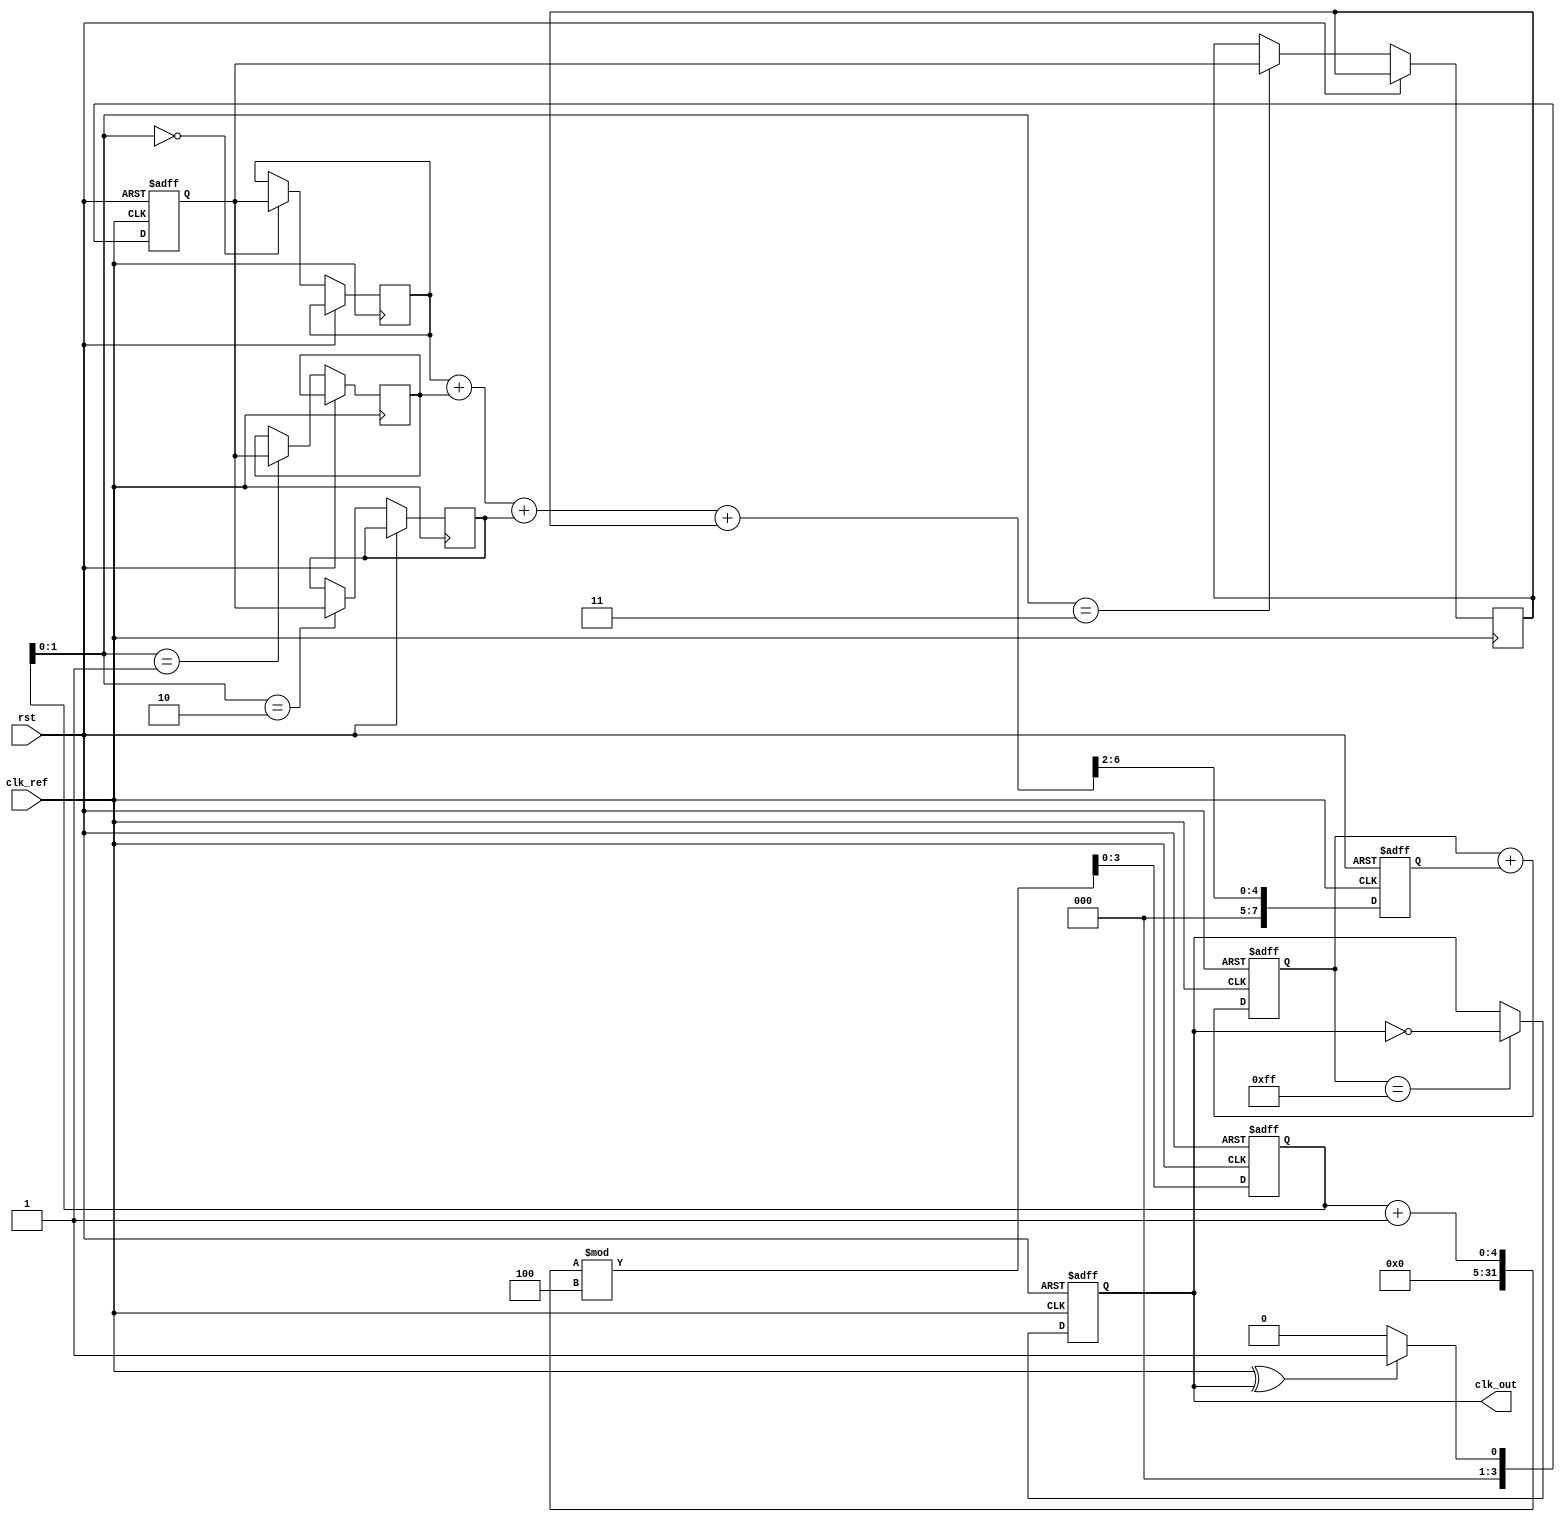
module ADPLL (
    input wire clk_ref,          // Reference clock input
    input wire rst,             // Reset signal
    output reg clk_out          // Output clock
);

// Parameters
parameter N = 8;               // Number of bits for frequency control
parameter LOOP_FILTER_SIZE = 4; // Size of the loop filter

// Internal signals
reg [N-1:0] dco_control;       // Control signal for DCO
reg [N-1:0] phase_diff;        // Phase difference from PD
reg [N-1:0] loop_filter_output; // Output from the loop filter
reg [N-1:0] dco_frequency;      // Current frequency of DCO
reg [LOOP_FILTER_SIZE-1:0] loop_filter [0:LOOP_FILTER_SIZE-1]; // Digital filter
reg [LOOP_FILTER_SIZE-1:0] lf_counter; // Loop filter counter

// Phase Detector (PD)
always @(posedge clk_ref or posedge rst) begin
    if (rst) begin
        phase_diff <= 0;
    end else begin
        // Simple XOR for phase detection (for illustration)
        phase_diff <= (clk_ref ^ clk_out) ? 1 : 0; // Phase difference signal
    end
end

// Loop Filter (LF)
always @(posedge clk_ref or posedge rst) begin
    if (rst) begin
        loop_filter_output <= 0;
        lf_counter <= 0;
    end else begin
        // Simple moving average filter for loop filter
        loop_filter[lf_counter] <= phase_diff;
        lf_counter <= (lf_counter + 1) % LOOP_FILTER_SIZE;

        // Calculate average output
        loop_filter_output <= (loop_filter[0] + loop_filter[1] + loop_filter[2] + loop_filter[3]) >> 2;
    end
end

// Digital Controlled Oscillator (DCO)
always @(posedge clk_ref or posedge rst) begin
    if (rst) begin
        dco_frequency <= 0;
        clk_out <= 0;
    end else begin
        // Update DCO frequency based on loop filter output
        dco_frequency <= dco_frequency + loop_filter_output;

        // Generate output clock (simple toggle for illustration)
        clk_out <= (dco_frequency[N-1:0] == 8'b11111111) ? ~clk_out : clk_out; // Change output clock
    end
end

endmodule